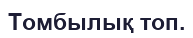
Томбылық топ.